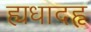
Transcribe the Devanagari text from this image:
ह्यधादहृ